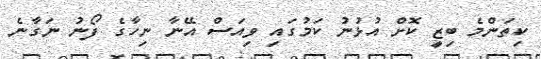
ކިތަންމެ ބިޒީ ކޮށް އުޅުނު ކަމުގައި ވިއަސް އޭނާ ނިހާގެ ފޯނު ނަގާނެ